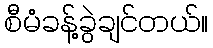
စီမံခန့်ခွဲချင်တယ်။